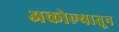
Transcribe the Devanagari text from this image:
अकोल्यातून